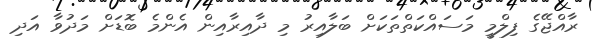
ރާއްޖޭގެ ފިލްމީ މަސައްކަތްތަކަށް ބަލާއިރު މި ދާއިރާއިން އެންމެ ބޮޑަށް މަދުވާ އަދި